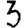
Digit: 3